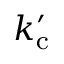
k _ { \mathrm { c } } ^ { \prime }